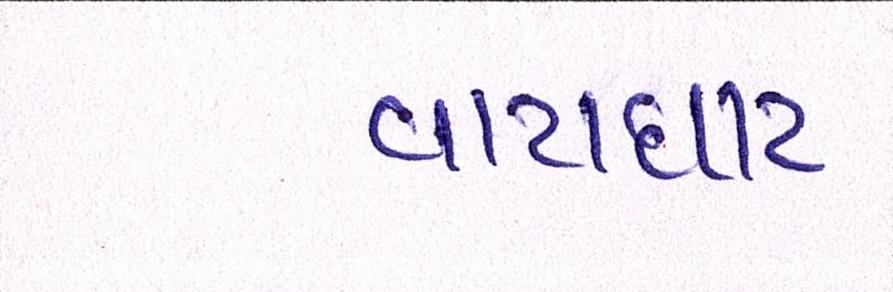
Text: વાટાઘાટ